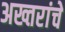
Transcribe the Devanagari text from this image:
अख्तरांचे